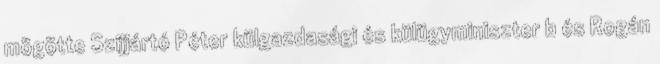
mögötte Szijjártó Péter külgazdasági és külügyminiszter b és Rogán